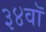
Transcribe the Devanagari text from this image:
३४वॉ